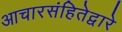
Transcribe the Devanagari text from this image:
आचारसंहितेद्वारे